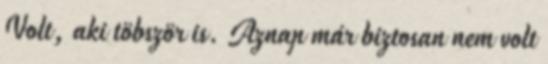
Volt, aki töbször is. Aznap már biztosan nem volt